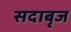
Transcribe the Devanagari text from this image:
सदाबृज